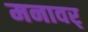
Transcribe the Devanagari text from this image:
मनावर्